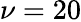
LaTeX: \nu=20